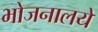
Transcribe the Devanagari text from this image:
भोजनालये